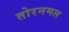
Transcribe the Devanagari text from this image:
तोरनमल